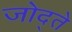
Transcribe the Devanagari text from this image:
जोद्ते